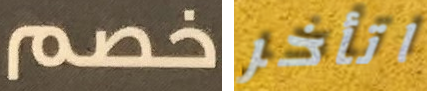
خصم اتأخر